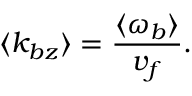
\langle k _ { b z } \rangle = \frac { \langle \omega _ { b } \rangle } { v _ { f } } .